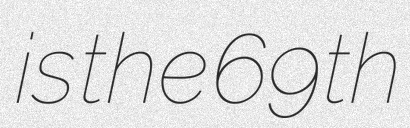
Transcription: is the 69th